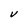
Character: V